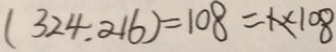
( 3 2 4 . 2 1 6 ) = 1 0 8 = 1 \times 1 0 8